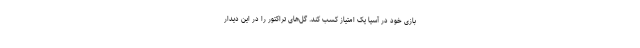
بازی خود در آسیا یک امتیاز کسب کند. گل‌های تراکتور را در این دیدار